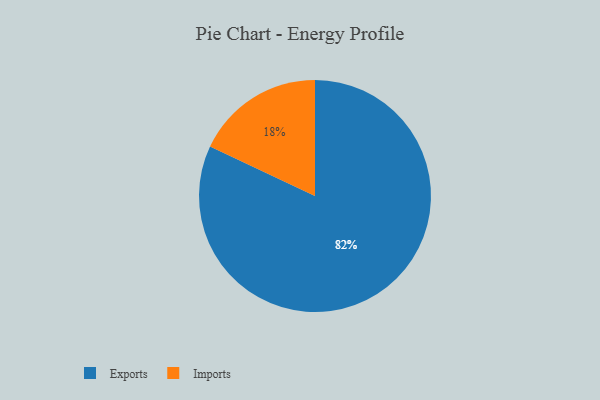
{"axis": {"x": "Category", "y": "Percentage"}, "legend": ["Exports", "Imports"], "data": [{"x": "Exports", "y": 82, "type": "Exports"}, {"x": "Imports", "y": 18, "type": "Imports"}]}